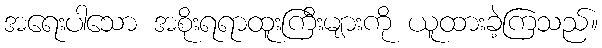
အရေးပါသော အစိုးရရာထူးကြီးများကို ယူထားခဲ့ကြသည်။